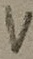
Text: V